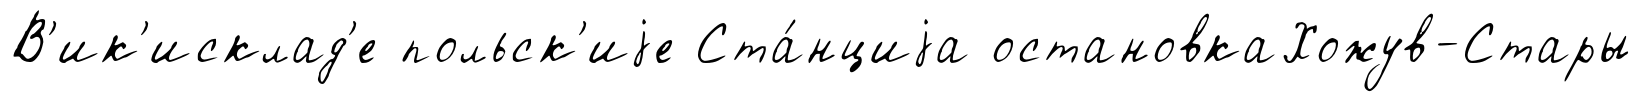
В'ик'исклад'е польск'иjе Ста́нциjа остановкаХожув-Стары